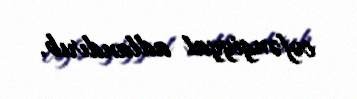
cəfəngiyyat adlandırıb.